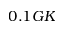
0 . 1 G K